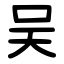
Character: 吴